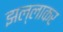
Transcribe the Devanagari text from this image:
झल्लाकर